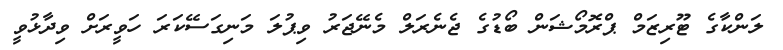
ލަންކާގެ ޓޫރިޒަމް ޕްރޮމޯޝަން ބޯޑުގެ ޖެނެރަލް މެނޭޖަރު ވިޕުލަ މަނިގަސޭކަރަ ހަވީރަށް ވިދާޅުވީ